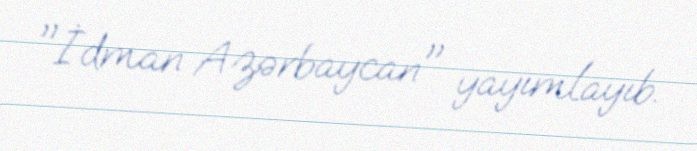
"İdman Azərbaycan" yayımlayıb.